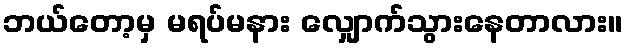
ဘယ်တော့မှ မရပ်မနား လျှောက်သွားနေတာလား။